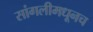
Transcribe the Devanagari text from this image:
सांगलीमधूनच